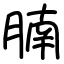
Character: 腩